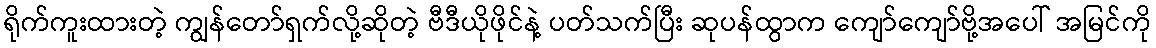
ရိုက်ကူးထားတဲ့ ကျွန်တော်ရှက်လို့ဆိုတဲ့ ဗီဒီယိုဖိုင်နဲ့ ပတ်သက်ပြီး ဆုပန်ထွာက ကျော်ကျော်ဗို့အပေါ် အမြင်ကို